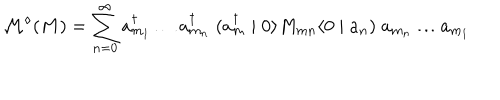
{ \cal M } ^ { \diamond } ( M ) = \sum _ { n = 0 } ^ { \infty } a _ { m _ { 1 } } ^ { \dagger } \ldots a _ { m _ { n } } ^ { \dagger } \; ( a _ { m } ^ { \dagger } \mid 0 \rangle M _ { m n } \langle 0 \mid a _ { n } ) \; a _ { m _ { n } } \ldots a _ { m _ { 1 } }